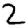
Digit: 2